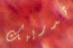
تدريبك